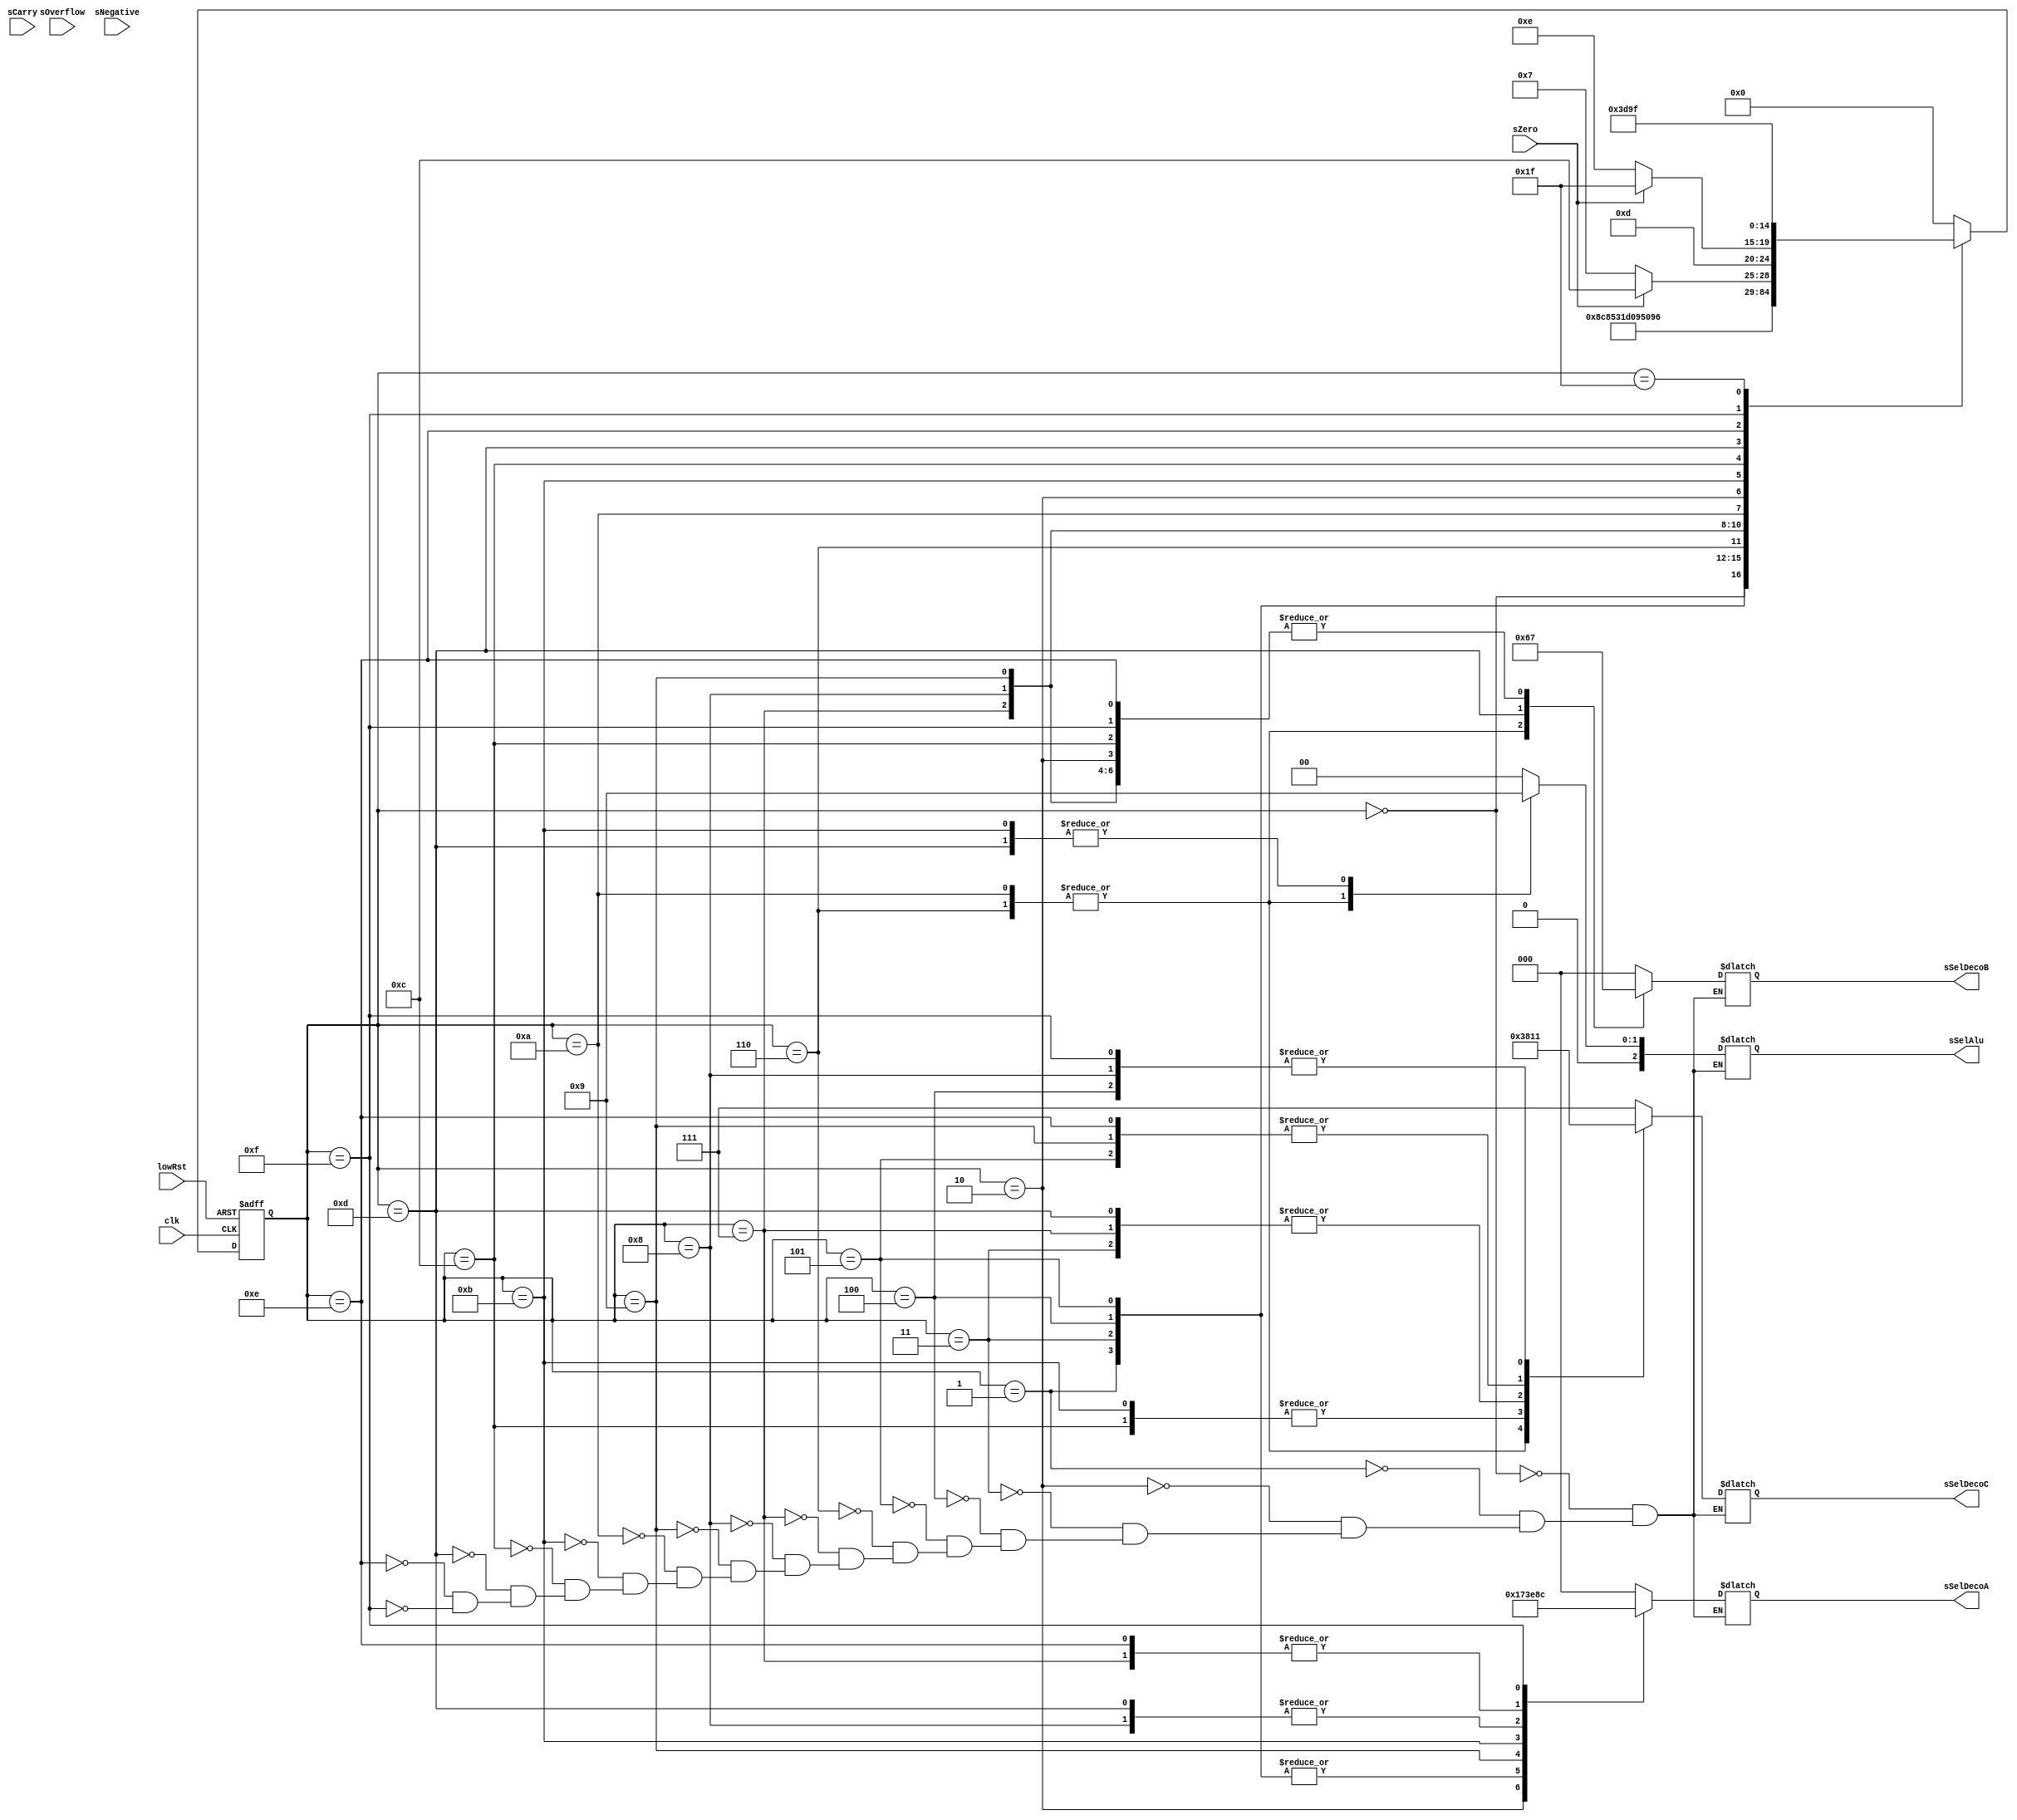
module statemachine#(
	parameter SELECTIONALU = 3,
	parameter SELECTIONDECO = 3
)
(
input wire clk, lowRst,sOverflow,sCarry,sNegative,sZero,
    output reg [SELECTIONDECO-1:0] sSelDecoA,sSelDecoB,sSelDecoC,
    output reg [SELECTIONALU-1:0] sSelAlu
);

//Declaracion de estados
	parameter sStateReset= 			5'b00000;
	parameter sStateLeerRegProg0=		5'b00001;
	parameter sStateLeerRegProg1=		5'b00010;
	parameter sStateEscribirR0_inic=	5'b00011;
	parameter sStateEscribirR1_inic=	5'b00100;
	parameter sStateEscribirR2_inic=	5'b00101;
	parameter sStateEscribirR3_inic=	5'b00110;
	parameter sStateEscribirR0_up=		5'b00111;
	parameter sStateEscribirR1_up=		5'b01000;
	parameter sStateEscribirR2_up=		5'b01001;
	parameter sStateEscribirR3_up=		5'b01010;
	parameter sStateEscribirR4_up=		5'b01011;
	parameter sStateEscribirR4_dw=		5'b01100;
	parameter sStateEscribirR0_dw=		5'b01101;
	parameter sStateEscribirR2_dw=		5'b01110;
	parameter sStateEscribirR1_dw=		5'b01111;
	parameter sStateDone=			5'b11111;
	
	reg done;
//signal declaration
	reg [4:0] sState, rState;
// state register
	always @ (posedge clk, negedge lowRst)
	if (lowRst==0)
		rState <= sStateReset;
	else
		rState <= sState;

// next state logic
	always @ (*)
	case (rState)
	sStateReset: sState= sStateLeerRegProg0;
	sStateLeerRegProg0:	sState= sStateEscribirR0_inic;
	sStateEscribirR0_inic:		sState= sStateEscribirR1_inic; 	 
	sStateEscribirR1_inic:  	sState= sStateEscribirR2_inic;
	sStateEscribirR2_inic: 		sState= sStateEscribirR3_inic;
	sStateEscribirR3_inic:		sState= sStateEscribirR0_up;
	sStateEscribirR0_up:		sState=sStateEscribirR1_up; 
	sStateEscribirR1_up:		sState=sStateEscribirR2_up;
	sStateEscribirR2_up:		sState=sStateEscribirR3_up;
	sStateEscribirR3_up:		sState=sStateLeerRegProg1; 
	sStateLeerRegProg1:		sState=sStateEscribirR4_up; 
	sStateEscribirR4_up:		if(!sZero)sState=sStateEscribirR0_up; else sState=sStateEscribirR4_dw;//DOwn
	sStateEscribirR4_dw:		sState=sStateEscribirR0_dw;
	sStateEscribirR0_dw:		if(!sZero)sState=sStateEscribirR2_dw;  else sState=sStateDone;
	sStateEscribirR2_dw:		sState=sStateEscribirR1_dw;
	sStateEscribirR1_dw:		sState=sStateEscribirR4_dw;
	sStateDone:			sState=sStateDone;

	default: sState = sStateReset;
	endcase

// next state logic
// sSelDecoC = 3'b111 NO SE ESCRIBE EN NINGUN REGISTRO
	always @ (*)
	case (rState)
	

	sStateReset:  	begin sSelDecoA = 3'b000; sSelDecoB = 3'b000; sSelDecoC = 3'b111; sSelAlu = 3'b000; end //reset
	//Inicializacion
	sStateLeerRegProg0:	begin sSelDecoA = 3'b110; sSelDecoB = 3'b111; sSelDecoC = 3'b111; sSelAlu = 3'b000; end//RD RP0
	sStateLeerRegProg1:	begin sSelDecoA = 3'b101; sSelDecoB = 3'b111; sSelDecoC = 3'b111; sSelAlu = 3'b000; end//RD RP1
	sStateEscribirR0_inic:	 begin sSelDecoA = 3'b110; sSelDecoB = 3'b111; sSelDecoC = 3'b000; sSelAlu = 3'b000; end// WR R0
	sStateEscribirR1_inic:	 begin sSelDecoA = 3'b110; sSelDecoB = 3'b111; sSelDecoC = 3'b001; sSelAlu = 3'b000; end//WR R1
	sStateEscribirR2_inic:	 begin sSelDecoA = 3'b110; sSelDecoB = 3'b111; sSelDecoC = 3'b010; sSelAlu = 3'b000; end//wr R2
	sStateEscribirR3_inic:	 begin sSelDecoA = 3'b000; sSelDecoB = 3'b001; sSelDecoC = 3'b011; sSelAlu = 3'b010; end//R3=R0+R1
	
	//CuentaUP	
	sStateEscribirR0_up:	begin sSelDecoA = 3'b001; sSelDecoB = 3'b111; sSelDecoC = 3'b000; sSelAlu = 3'b000; end
	sStateEscribirR1_up:	begin sSelDecoA = 3'b010; sSelDecoB = 3'b111; sSelDecoC = 3'b001; sSelAlu = 3'b000; end
	sStateEscribirR2_up:	begin sSelDecoA = 3'b011; sSelDecoB = 3'b111; sSelDecoC = 3'b010; sSelAlu = 3'b000; end
	sStateEscribirR3_up:	begin sSelDecoA = 3'b000; sSelDecoB = 3'b001; sSelDecoC = 3'b011; sSelAlu = 3'b010; end
	sStateEscribirR4_up:	begin sSelDecoA = 3'b111; sSelDecoB = 3'b000; sSelDecoC = 3'b100; sSelAlu = 3'b001; end
	sStateDone: done=1;
	//CuenteDown	
	sStateEscribirR4_dw: 	begin sSelDecoA = 3'b000; sSelDecoB = 3'b111; sSelDecoC = 3'b100; sSelAlu = 3'b000; end
	sStateEscribirR0_dw:	begin sSelDecoA = 3'b010; sSelDecoB = 3'b100; sSelDecoC = 3'b000; sSelAlu = 3'b001; end
	sStateEscribirR2_dw:	begin sSelDecoA = 3'b001; sSelDecoB = 3'b111; sSelDecoC = 3'b010; sSelAlu = 3'b000; end
	sStateEscribirR1_dw:	begin sSelDecoA = 3'b100; sSelDecoB = 3'b111; sSelDecoC = 3'b001; sSelAlu = 3'b000; end
	endcase
endmodule